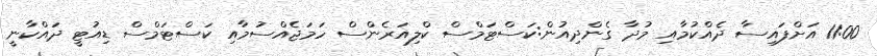
11:00 އަށްފައިސާ ދެއްކުމާއި މުދާ ގެންދިއުން:ކަސްޓަމްސް ކްލިއަރެންސް ހަމަޖެއްސުމާއި ކަސްޓަމްސް ޑިއުޓީ ދައްކާނީ